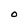
Character: O